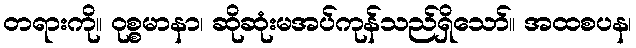
တရားကို။ ဝုစ္စမာနာ၊ ဆိုဆုံးမအပ်ကုန်သည်ရှိသော်။ အထစပန၊